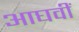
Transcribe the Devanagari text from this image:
आघवीं